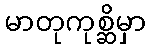
မာတုကုစ္ဆိမှာ